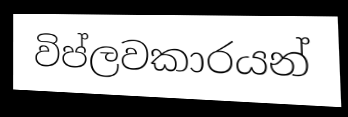
විප්ලවකාරයන්